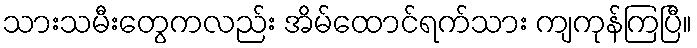
သားသမီးတွေကလည်း အိမ်ထောင်ရက်သား ကျကုန်ကြပြီ။